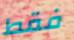
فقط